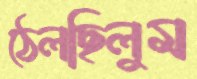
ঠেলছিলুম